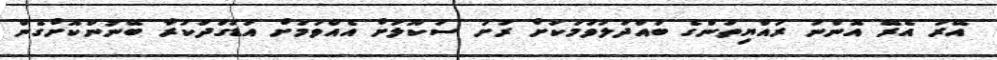
އޭރު އެރޭ އޮންނަ ރައްޔިތުންގެ ބައްދަލުވުމަކަށް ރަށު ސުކޫލަށް އެއްވުމަށް އަޑުގަދަކުރާ ބޭނުންކޮށްގެން